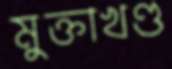
মুক্তাখণ্ড